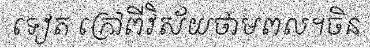
ទៀត ក្រៅពីវិស័យថាមពល។ចិន